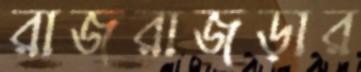
রাজরাজড়ার